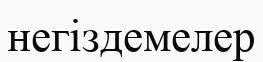
негіздемелер